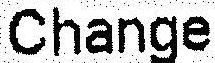
CHANGE